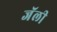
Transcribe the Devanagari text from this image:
जॅली